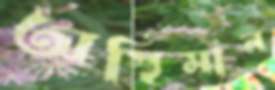
অস্থিমান